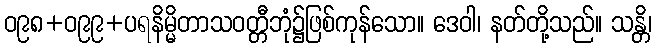
ဝ၉၈+ဝ၉၉+ပရနိမ္မိတာသဝတ္တီဘုံ၌ဖြစ်ကုန်သော။ ဒေဝါ၊ နတ်တို့သည်။ သန္တိ၊